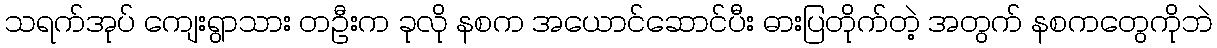
သရက်အုပ် ကျေးရွာသား တဦးက ခုလို နစက အယောင်ဆောင်ပီး ဓားပြတိုက်တဲ့ အတွက် နစကတွေကိုဘဲ